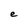
Character: e